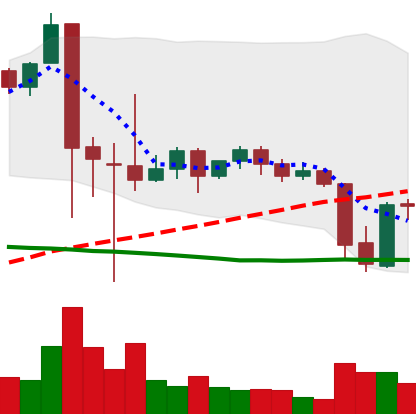
Ticker: XRP-USD
Chart end date: 2021-09-23
Forward return: -10.813%
Label: down_7plus